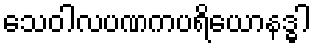
သေဝါလပဏကပရိယောနဒ္ဓါ